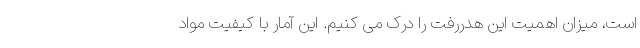
است، میزان اهمیت این هدررفت را درک می کنیم. این آمار با کیفیت مواد